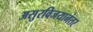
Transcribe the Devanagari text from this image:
असुरविजयानंतर